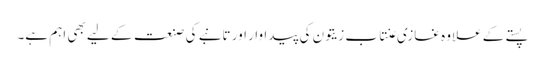
پستے کے علاوہ غازی عنتاب زیتون کی پیداوار اور تانبے کی صنعت کے لیے بھی اہم ہے۔